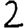
Digit: 2